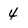
Character: 4